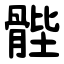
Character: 䯗